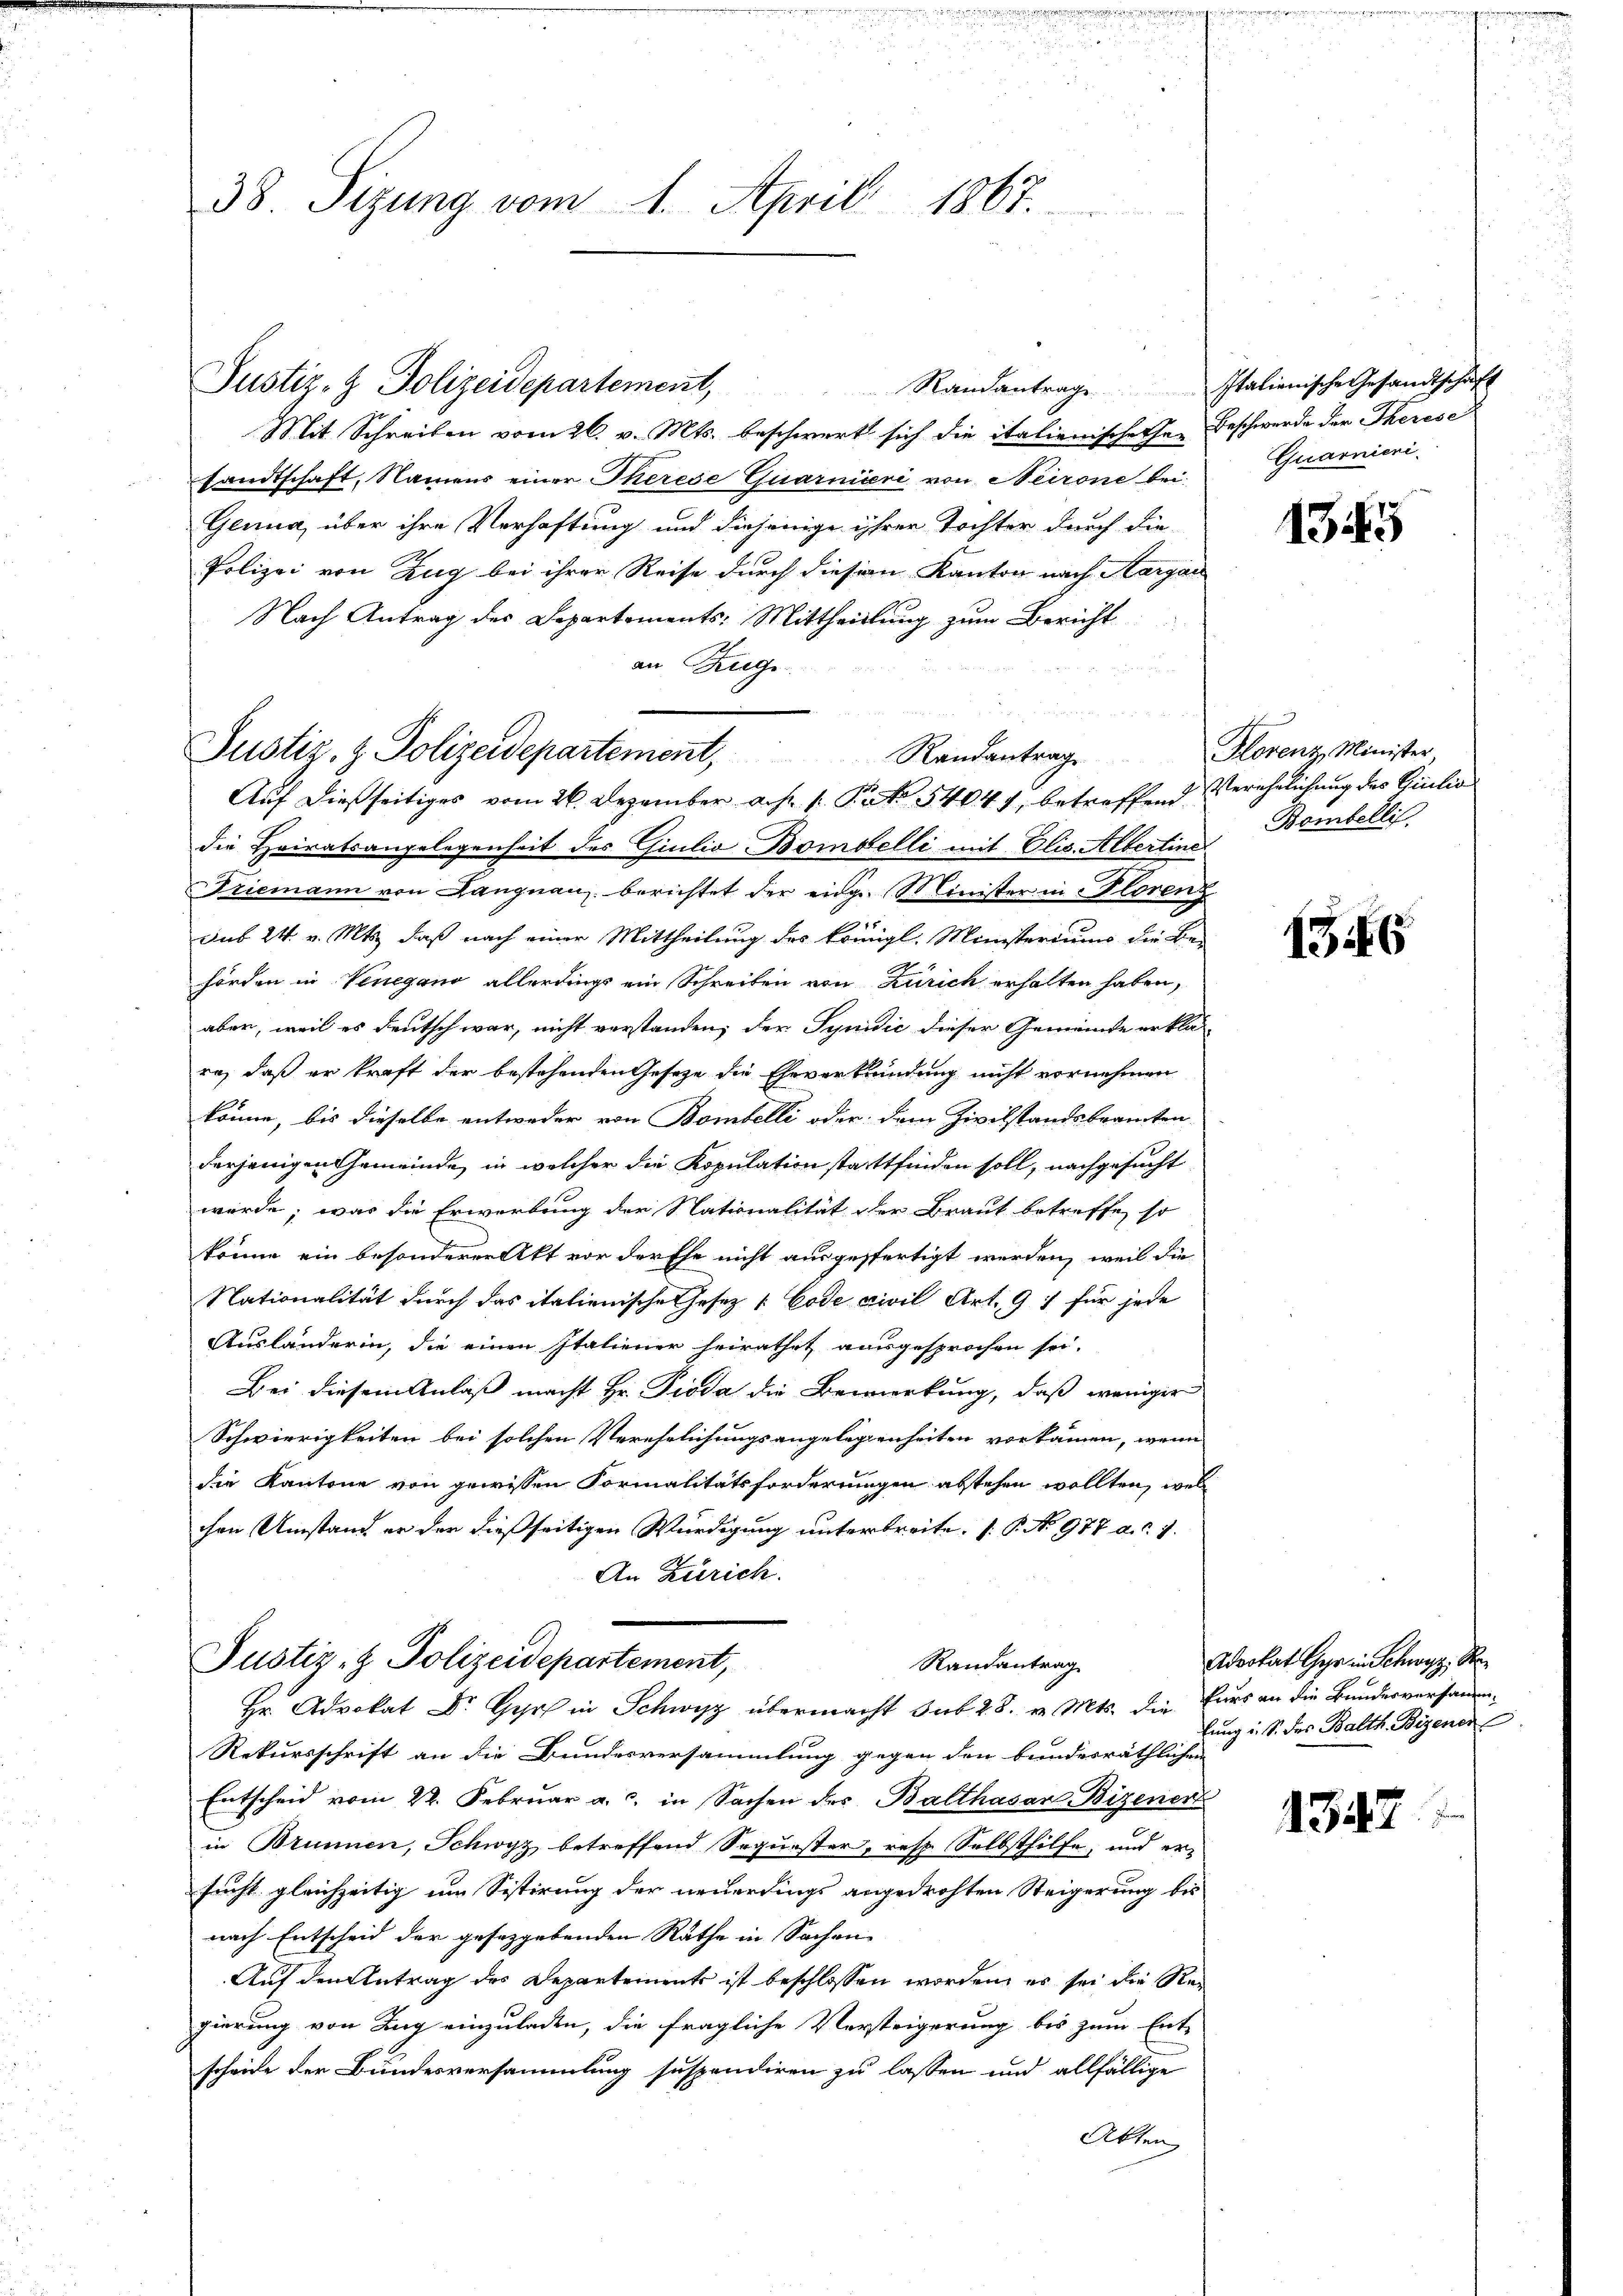
38 Sizung vom 1. April 1867.

Justiz- & Polizeidepartement,

Mit Schreiben vom 26. v. Mts. beschwert sich die italienischehen
sandtschaft, Namens einer Therese Quarnieri von Neirone bei
Genua, über ihre Verhaftung und diejenige ihrer Tochter durch die
Polizei von Zug bei ihrer Reise durch diesem Kanton nach Aargau
Nach Antrag des Departements: Mittheillung zum Bericht
an Ziege
die Heiratsangelegenheit des Giulia Bombelli mit Elis. Allerten Bombelli
riemann von Langnau berichtet der eidg. Minister in Florenz
1x
sub 24 v. Mts. daß nach einer Mittheilung des königl. Ministeriums die Be-
hörden in Venegano allerdings ein Schreiben von Zürich erhalten haben,
aber, weil es deutsch war, nicht verstanden, der Synidić dieser Gemeinde erklä-
ra, daß er kraft der bestehenden Gesetze die Eheverkündung nicht vornehmen
könne, bis dieselbe entweder von Bombelli oder dem Zivilstandsbeamten
derjenigen Gemeinde, in welcher die Kopulation stattfinden soll, nachgesucht
würde; was die Erwerbung der Nationalität der Braut betreffe, so
könne ein besonderer Akt vor der Ehe nicht ausgefertigt werden, weil die
Nationalität durch das italienische Hosez [Code civil Art. 91 für jede
Ausländerin, die einen Italiener heirathet ausgesprochen sei.
Bei diesem Anlaß macht Hr. Pioda die Bemerkung, daß weniger
Schwierigkeiten bei solchen Verehrlichungsangelegenheiten vorkammen, wenn
die Kantone von gewissen Formalitätsforderungen abstehen wollten, welc
chen Umstand er der dießseitigen Würdigung unterbreite. (T. No 977 a.d. 7.
An Zürich.
Justiz- & Polizeidepartement,
Randantrag
 Schr. Mts. die uns an die Bundesversammen¬
Rekursschrift an die Bundesversammlung gegen den bundesräthlichen
Entscheid vom 22. Februar a. c. in Sachen des Balthasar Bizener
in Brunnen, Schwyz betreffend Soquester, resp. Selbsthilfe, und ersucht gleichzeitig um Sistirung der neuerdings angedrohten Steigerung bis
nach Entscheid der gesezgebenden Rathe in Sachen-
Auf den Antrag des Departemente ist beschlossen worden, er sei die Regierung von Zug einzuladen, die fragliche Versteigerung bis zum Ent-
scheide der Bundesversammlung suspendiren zu lassen und allfällige
Atten

Justiz- & Polizeidepartement,
Randantrag
Auf dießseitiges vom 26. Dezember a.h. 1. Pato 1404, betreffend Verehelichung des Giulio

Randantrag Italienische Gesandtschaft

Beschwerde der Therese
Quarnieri

1345

Hlorenz, Minister,

1346

Advokat Gyr in Schwyz, S
lung i. S. das Balth. Biener

1347